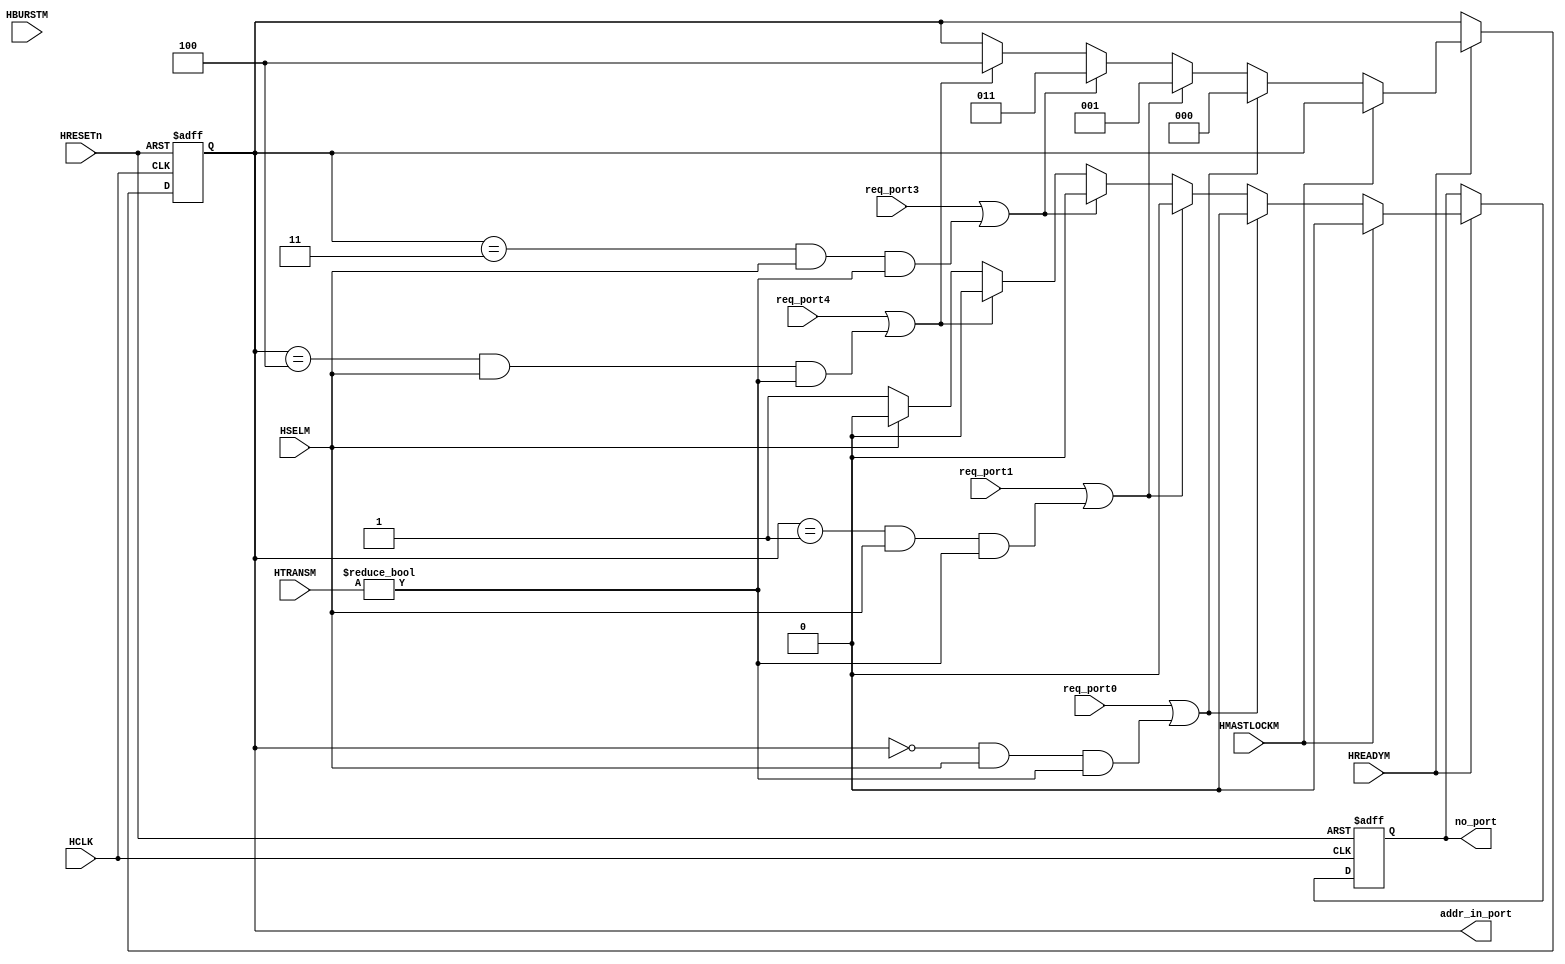
//-----------------------------------------------------------------------------
// The confidential and proprietary information contained in this file may
// only be used by a person authorised under and to the extent permitted
// by a subsisting licensing agreement from ARM Limited.
//
//            (C) COPYRIGHT 2001-2013-2019 ARM Limited.
//                ALL RIGHTS RESERVED
//
// This entire notice must be reproduced on all copies of this file
// and copies of this file may only be made by a person if such person is
// permitted to do so under the terms of a subsisting license agreement
// from ARM Limited.
//
//      SVN Information
//
//      Checked In          : $Date: 2012-10-15 18:01:36 +0100 (Mon, 15 Oct 2012) $
//
//      Revision            : $Revision: 225465 $
//
//      Release Information : Cortex-M System Design Kit-r1p0-01rel0
//
//-----------------------------------------------------------------------------
//
//------------------------------------------------------------------------------
//  Abstract            : The Output Arbitration is used to determine which
//                        of the input stages will be given access to the
//                        shared slave.
//
//  Notes               : The bus matrix has sparse connectivity.
//
//-----------------------------------------------------------------------------

`timescale 1ns/1ps

module cmsdk_MyArbiterNameM1 (

    // Common AHB signals
    HCLK ,
    HRESETn,

    // Input port request signals
    req_port0,
    req_port1,
    req_port3,
    req_port4,

    HREADYM,
    HSELM,
    HTRANSM,
    HBURSTM,
    HMASTLOCKM,

    // Arbiter outputs
    addr_in_port,
    no_port

    );


// -----------------------------------------------------------------------------
// Input and Output declarations
// -----------------------------------------------------------------------------

    // Common AHB signals
    input        HCLK;         // AHB system clock
    input        HRESETn;      // AHB system reset

    input        req_port0;     // Port 0 request signal
    input        req_port1;     // Port 1 request signal
    input        req_port3;     // Port 3 request signal
    input        req_port4;     // Port 4 request signal

    input        HREADYM;      // Transfer done
    input        HSELM;        // Slave select line
    input  [1:0] HTRANSM;      // Transfer type
    input  [2:0] HBURSTM;      // Burst type
    input        HMASTLOCKM;   // Locked transfer

    output [2:0] addr_in_port;   // Port address input
    output       no_port;       // No port selected signal


// -----------------------------------------------------------------------------
// Wire declarations
// -----------------------------------------------------------------------------
    wire       HCLK;           // AHB system clock
    wire       HRESETn;        // AHB system reset
    wire       req_port0;       // Port 0 request signal
    wire       req_port1;       // Port 1 request signal
    wire       req_port3;       // Port 3 request signal
    wire       req_port4;       // Port 4 request signal
    wire       HREADYM;        // Transfer done
    wire       HSELM;          // Slave select line
    wire [1:0] HTRANSM;        // Transfer type
    wire       HMASTLOCKM;     // Locked transfer
    wire [2:0] addr_in_port;     // Port address input
    reg        no_port;         // No port selected signal


// -----------------------------------------------------------------------------
// Signal declarations
// -----------------------------------------------------------------------------
    reg  [2:0] addr_in_port_next; // D-input of addr_in_port
    reg  [2:0] iaddr_in_port;    // Internal version of addr_in_port
    reg        no_port_next;     // D-input of no_port


// -----------------------------------------------------------------------------
// Beginning of main code
// -----------------------------------------------------------------------------
//------------------------------------------------------------------------------
// Port Selection
//------------------------------------------------------------------------------
// The Output Arbitration function looks at all the requests to use the
//  output port and determines which is the highest priority request. This
//  version of the arbitration logic uses a fixed priority scheme where input
//  port 0 is the highest priority, input port 1 is the second highest
//  priority, etc.
// If none of the input ports are requesting then the current port will
//  remain active if it is performing IDLE transfers to the selected slave. If
//  this is not the case then the no_port signal will be asserted which
//  indicates that no input port should be selected.

  always @ (
             req_port0 or
             req_port1 or
             req_port3 or
             req_port4 or
             HSELM or HTRANSM or HMASTLOCKM or iaddr_in_port
           )

  begin : p_sel_port_comb
    // Default values are used for addr_in_port_next and no_port_next
    no_port_next     = 1'b0;
    addr_in_port_next = iaddr_in_port;

    if (HMASTLOCKM)
      addr_in_port_next = iaddr_in_port;
    else if ( req_port0 | ( (iaddr_in_port == 3'b000) & HSELM &
                            (HTRANSM != 2'b00) ) )
      addr_in_port_next = 3'b000;
    else if ( req_port1 | ( (iaddr_in_port == 3'b001) & HSELM &
                            (HTRANSM != 2'b00) ) )
      addr_in_port_next = 3'b001;
    else if ( req_port3 | ( (iaddr_in_port == 3'b011) & HSELM &
                            (HTRANSM != 2'b00) ) )
      addr_in_port_next = 3'b011;
    else if ( req_port4 | ( (iaddr_in_port == 3'b100) & HSELM &
                            (HTRANSM != 2'b00) ) )
      addr_in_port_next = 3'b100;
    else if (HSELM)
      addr_in_port_next = iaddr_in_port;
    else
      no_port_next = 1'b1;
  end // block: p_sel_port_comb


  // Sequential process
  always @ (negedge HRESETn or posedge HCLK)
  begin : p_addr_in_port_reg
    if (~HRESETn)
      begin
        no_port      <= 1'b1;
        iaddr_in_port <= {3{1'b0}};
      end
    else
      if (HREADYM)
        begin
          no_port      <= no_port_next;
          iaddr_in_port <= addr_in_port_next;
        end
  end // block: p_addr_in_port_reg

  // Drive output with internal version
  assign addr_in_port = iaddr_in_port;


endmodule

// --================================= End ===================================--